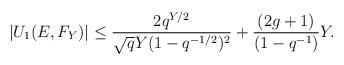
LaTeX: \begin{align*}\vert U_1(E,F_Y)\vert\leq \frac{2q^{Y/2}}{\sqrt{q} Y (1-q^{-1/2})^2} + \frac{(2g+1)}{(1-q^{-1})} Y.\end{align*}